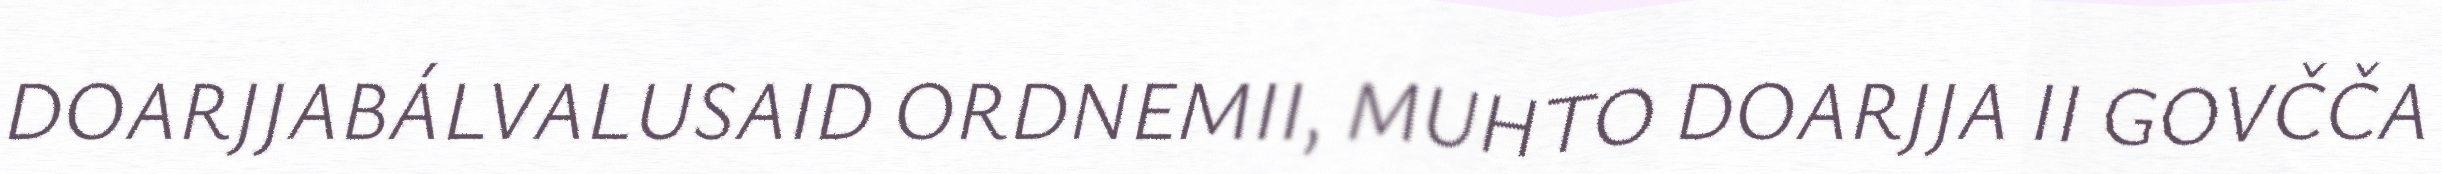
DOARJJABÁLVALUSAID ORDNEMII, MUHTO DOARJJA II GOVČČA